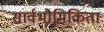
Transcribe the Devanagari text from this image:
सार्वभौमिकिता